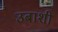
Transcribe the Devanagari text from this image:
उबाशी